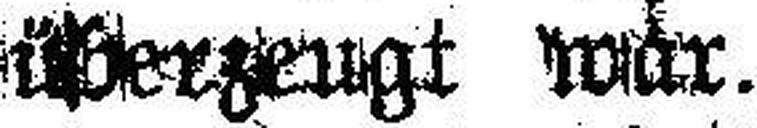
überzeugt wär.